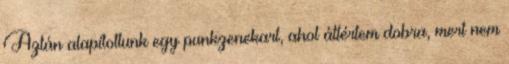
Aztán alapítottunk egy punkzenekart, ahol áttértem dobra, mert nem